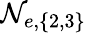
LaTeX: \mathcal{N}_{e,\{ 2,3\} }